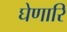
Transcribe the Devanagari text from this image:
घेणारि